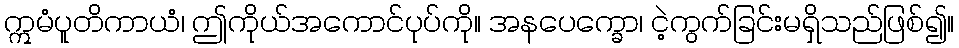
ဣမံပူတိကာယံ၊ ဤကိုယ်အကောင်ပုပ်ကို။ အနပေက္ခော၊ ငဲ့ကွက်ခြင်းမရှိသည်ဖြစ်၍။